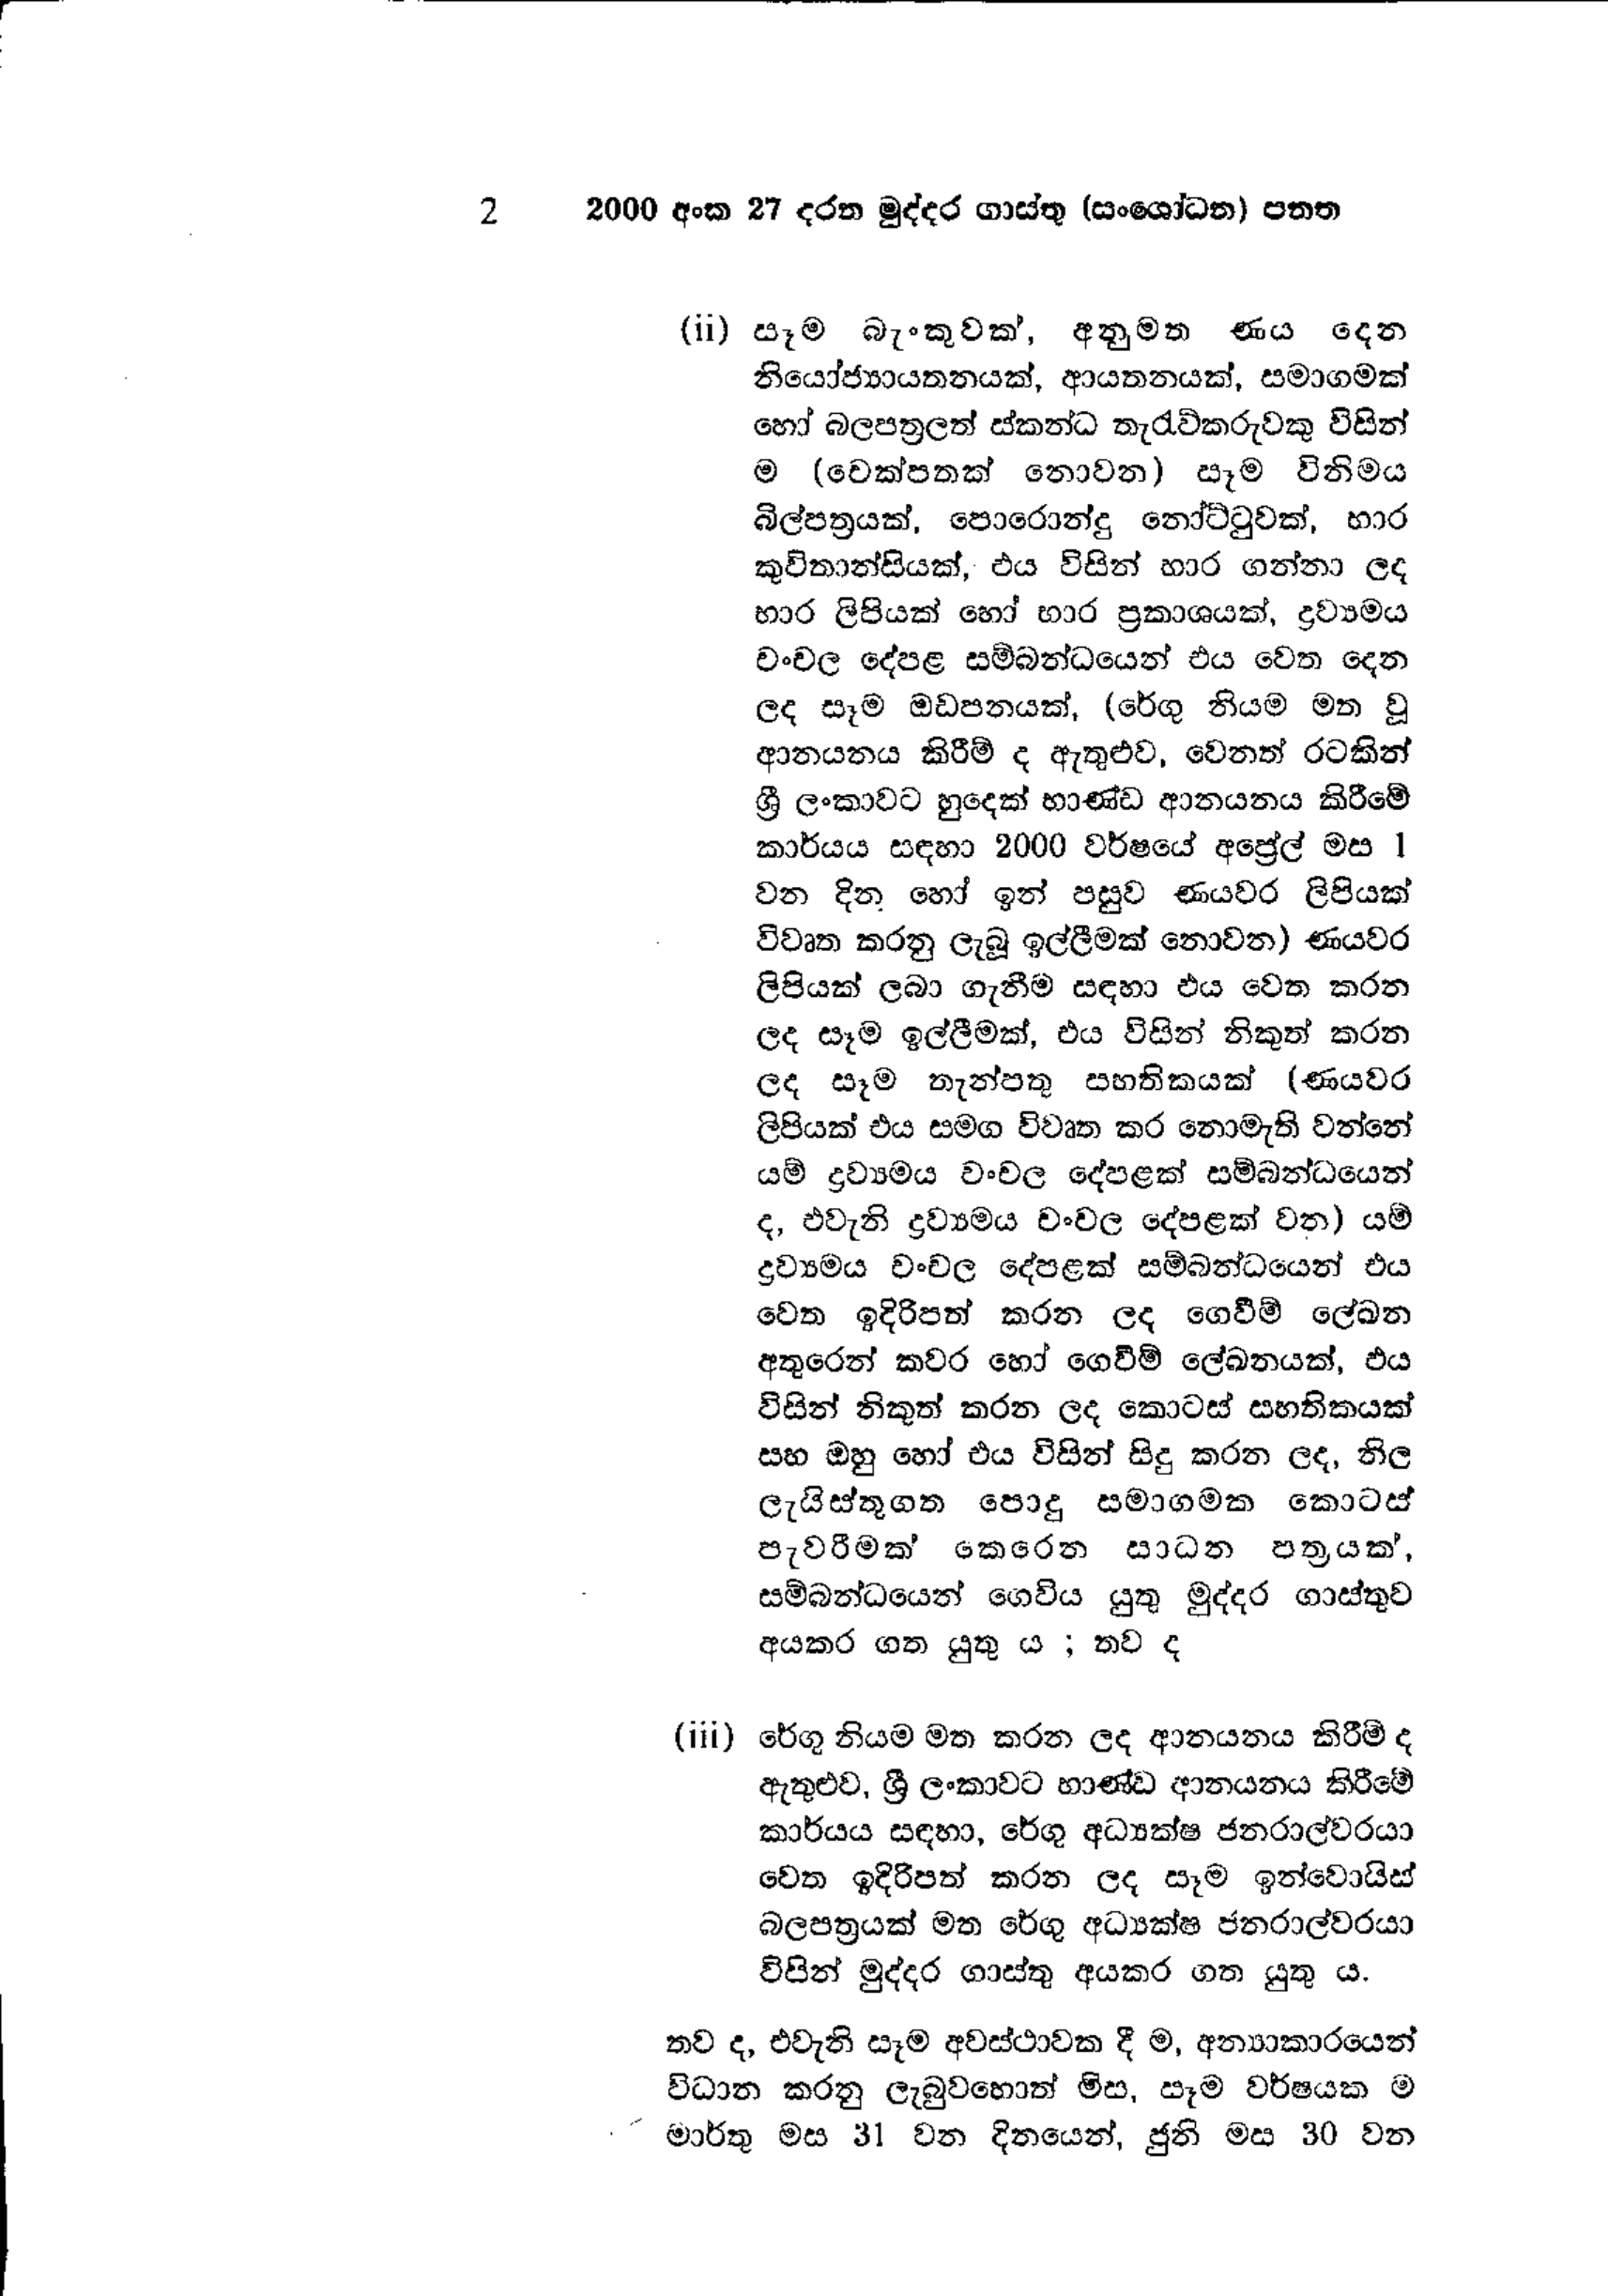
2 2000 අංක 27 දරන මුද්දර ගාස්තු (සංශෝධන) පනත

(ii) සෑම බැංකුවක්, අනුමත ණය දෙන
නියෝජ්‍යායතනයක්, ආයතනයක්, සමාගමක්
හෝ බලපත්‍රලත් ස්කන්ධ තැරැව්කරුවකු විසින්
ම (චෙක්පතක් නොවන ) සෑම විනිමය
බිල්පත්‍රයක්, පොරොන්දු නෝට්ටුවක්, භාර
කුවිතාන්සියක්, එය විසින් භාර ගන්නා ලද
භාර ලිපියක් හෝ භාර ප්‍රකාශයක්, ද්‍රව්‍යමය
චංචල දේපළ සම්බන්ධයෙන් එය වෙත දෙන
ලද සෑම ඔඩපනයක්, (රේගු නියම මත වූ
ආනයනය කිරීම් ද ඇතුළුව, වෙනත් රටකින්
ශ්‍රී ලංකාවට හුදෙක් භාණ්ඩ ආනයනය කිරීමේ
කාර්යය සඳහා 2000 වර්ෂයේ අප්‍රේල් මස 1
වන දින හෝ ඉන් පසුව ණයවර ලිපියක්
විවෘත කරනු ලැබූ ඉල්ලීමක් නොවන) ණයවර
ලිපියක් ලබා ගැනීම සඳහා එය වෙත කරන
ලද සෑම ඉල්ලීමක්, එය විසින් නිකුත් කරන
ලද සෑම තැන්පතු සහතිකයක් (ණය වර
ලිපියක් එය සමග විවෘත කර නොමැති වන්නේ
යම් ද්‍රව්‍යමය වංචල දේපළක් සම්බන්ධයෙන්
ද, එවැනි ද්‍රව්‍යමය චංචල දේපළක් වන) යම්
ද්‍රව්‍යමය චංචල දේපළක් සම්බන්ධයෙන් එය
වෙත ඉදිරිපත් කරන ලද ගෙවීම් ලේඛන
අතුරෙන් කවර හෝ ගෙවීම් ලේඛනයක්, එය
විසින් නිකුත් කරන ලද කොටස් සහතිකයක්
සහ ඔහු හෝ එය විසින් සිදු කරන ලද, නිල
ලැයිස්තුගත පොදු සමාගමක කොටස්
පැවරීමක් කෙරෙන සාධන පත්‍රයක්,
සම්බන්ධයෙන් ගෙවිය යුතු මුද්දර ගාස්තුව
අයකර ගත යුතු ය ; තව ද

(iii) රේගු නියම මත කරන ලද ආනයනය කිරීම් ද
ඇතුළුව, ශ්‍රී ලංකාවට භාණ්ඩ ආනයනය කිරීමේ
කාර්යය සඳහා, රේගු අධ්‍යක්ෂ ජනරාල්වරයා
වෙත ඉදිරිපත් කරන ලද සෑම ඉන්වොයිස්
බලපත්‍රයක් මත රේගු අධ්‍යක්ෂ ජනරාල්වරයා
විසින් මුද්දර ගාස්තු අයකර ගත යුතු ය.

තව ද, එවැනි සෑම අවස්ථාවක දී ම, අන්‍යාකාරයෙන්
විධාන කරනු ලැබුවහොත් මිස, සෑම වර්ෂයක ම
මාර්තු මස 31 වන දිනයෙන්, ජුනි මස 30 වන